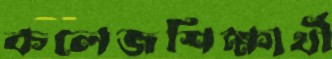
কলেজশিক্ষার্থী